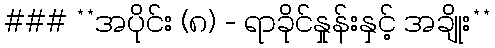
### **အပိုင်း (၈) - ရာခိုင်နှုန်းနှင့် အချိုး**